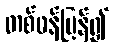
တစ်ဖန်ပြန်၍